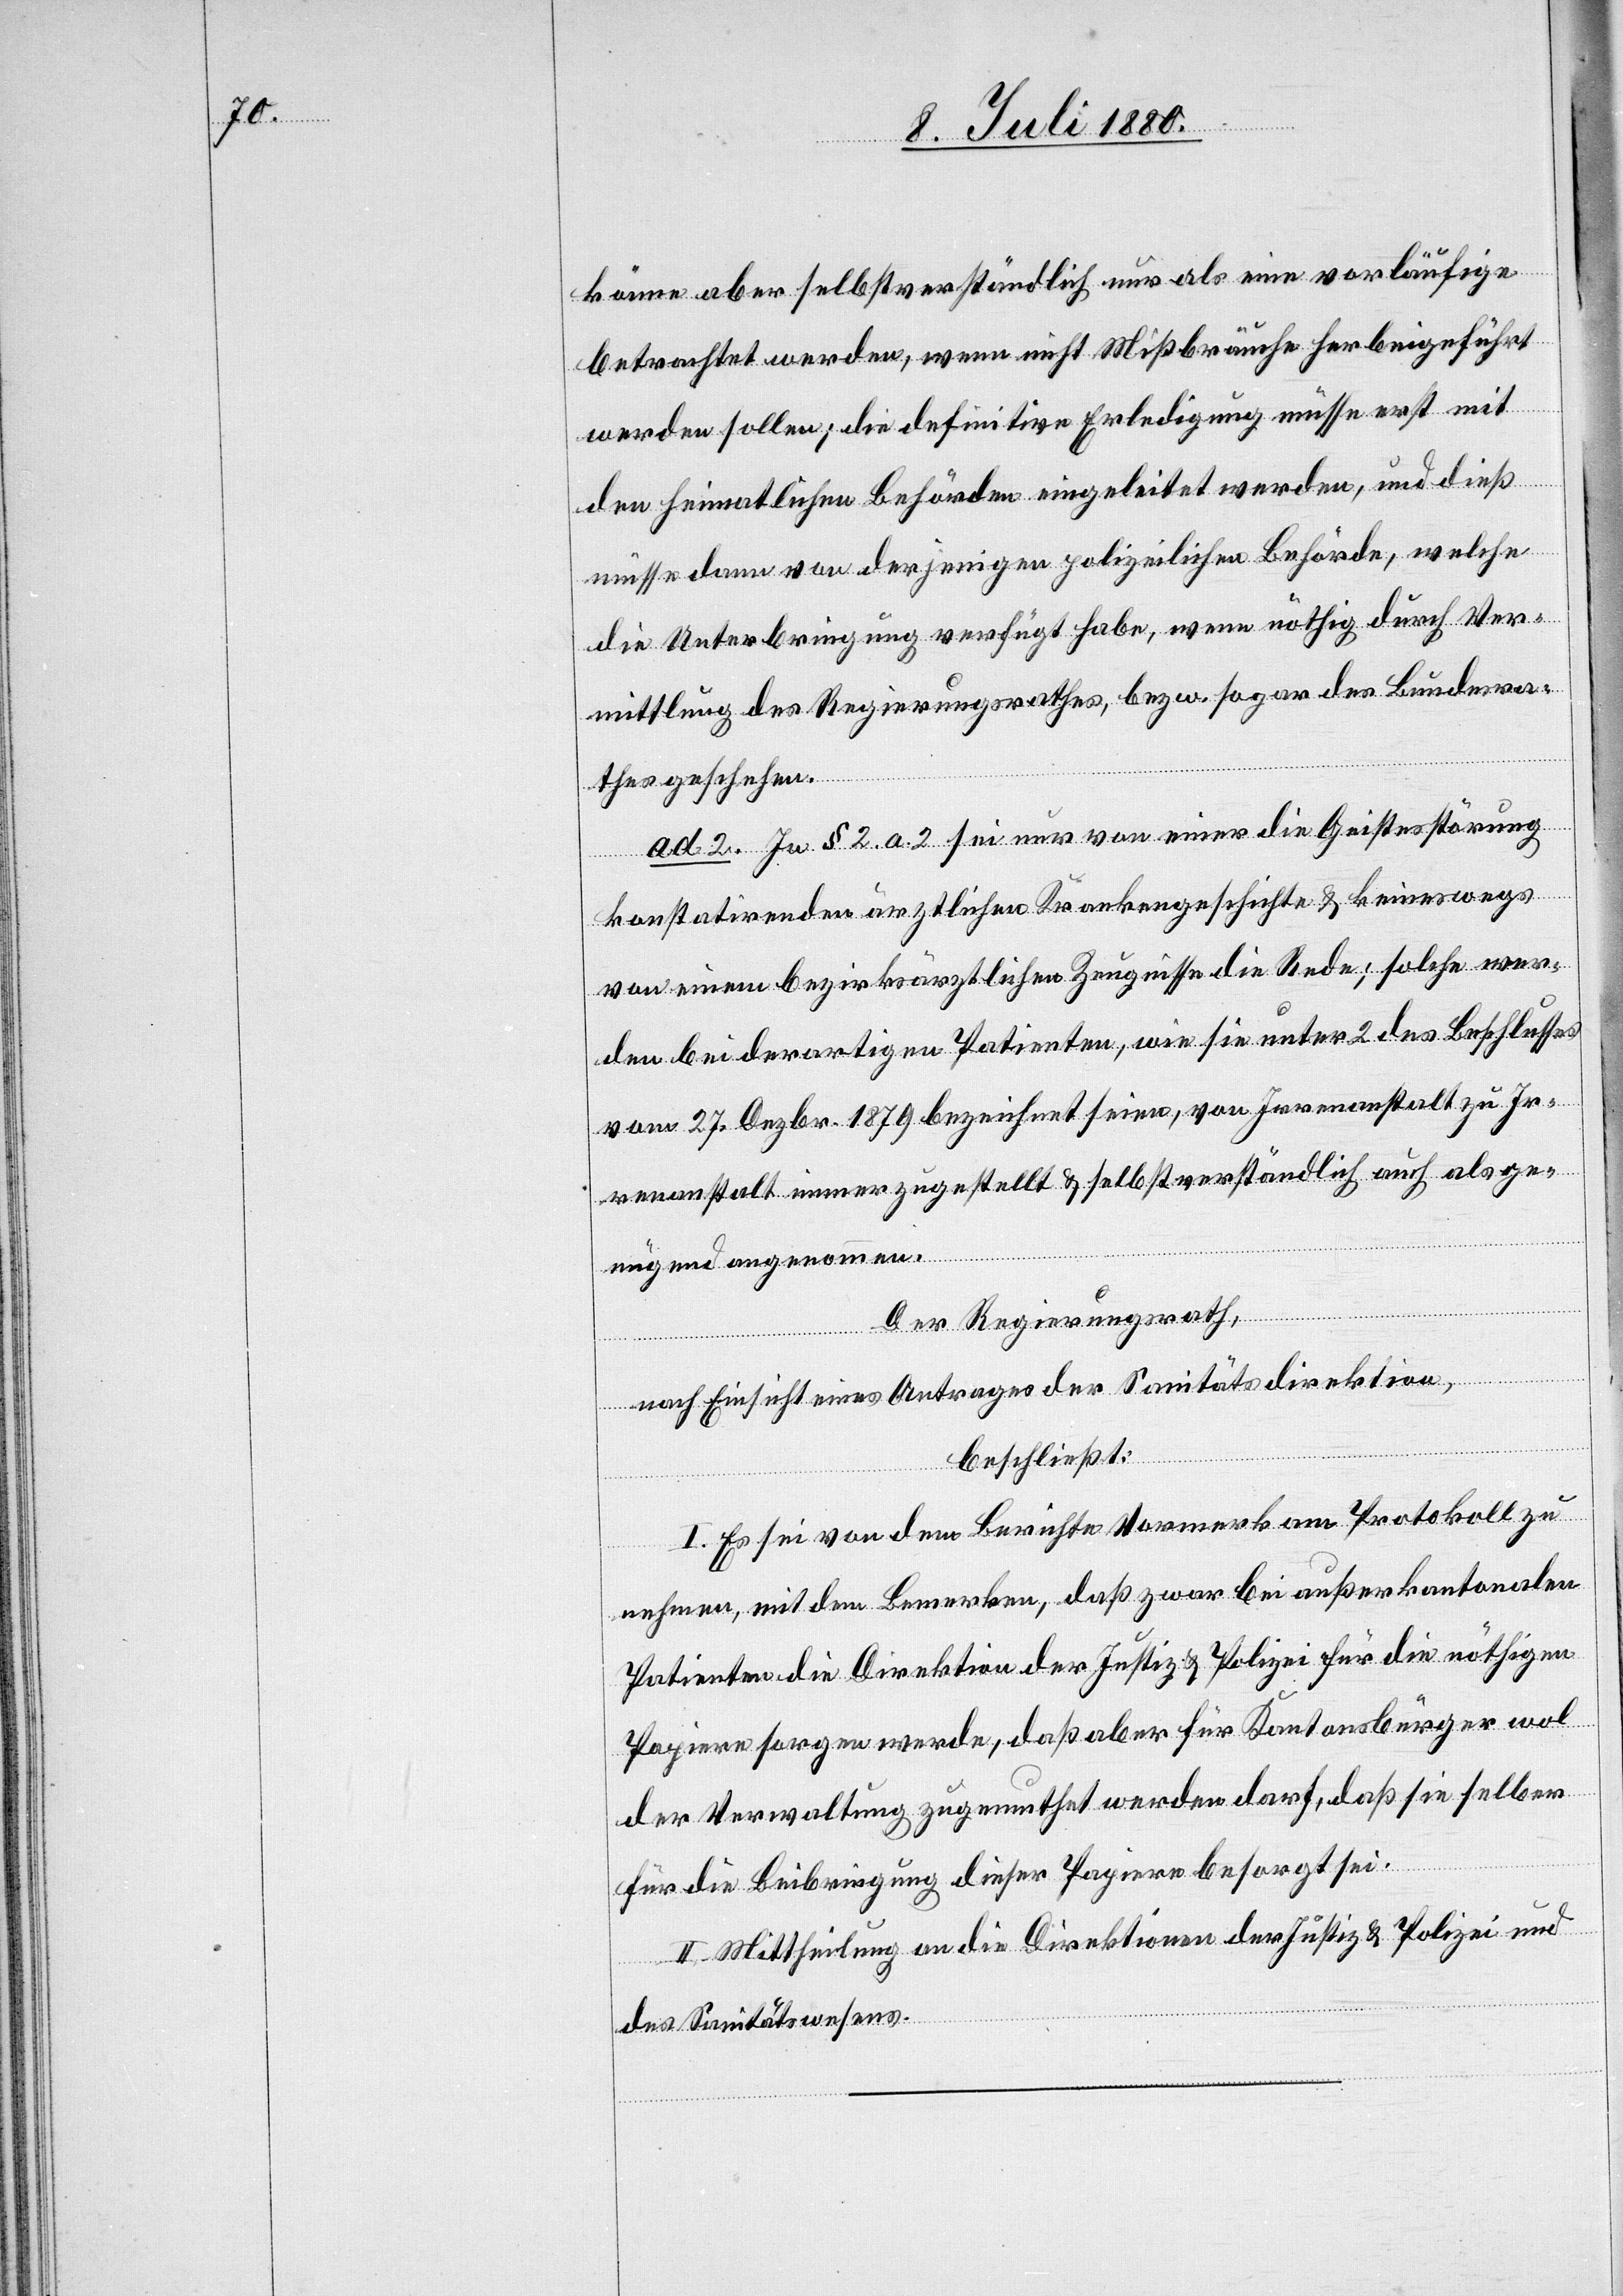
könne aber selbstverständlich nur als eine vorläufige
betrachtet werden, wenn nicht Mißbräuche herbeigeführt
werden sollen; die definitive Erledigung müsse erst mit
den heimatlichen Behörden eingeleitet werden, und dieß
müsse dann von derjenigen polizeilichen Behörde, welche
die Unterbringung verfügt habe, wenn nöthig durch Ver¬
mittlung des Regierungsrathes, bezw. sogar des Bundesra¬
thes geschehen.
ad. 2. In § 2. a. 2. sei nur von einer die Geistesstörung
konstatirenden ärztlichen Krankengeschichte & keineswegs
von einem bezirksärztlichen Zeugnisse die Rede; solche wer¬
den bei derartigen Patienten, wie sie unter 2 des Beschlusses
vom 27. Dezbr. 1879 bezeichnet seien, von Irrenanstalt zu Ir¬
renanstalt immer zugestellt & selbstverständlich auch als ge¬
nügend angenommen.
Der Regierungsrath,
nach Einsicht eines Antrages der Sanitätsdirektion,
beschließt:
I. Es sei von dem Berichte Vormerk am Protokoll zu
nehmen, mit dem Bemerken, daß zwar bei außerkantonalen
Patienten die Direktion der Justiz & Polizei für die nöthigen
Papiere sorgen werde, daß aber für Kantonsbürger wol
der Verwaltung zugemuthet werden darf, daß sie selber
für die Beibringung dieser Papire besorgt sei.
II. Mittheilung an die Direktionen der Justiz & Polizei und
des Sanitätswesens.